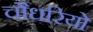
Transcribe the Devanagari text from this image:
चौधरियो